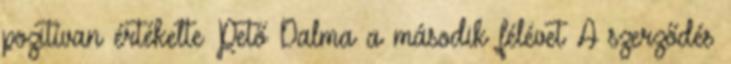
pozitívan értékelte Pető Dalma a második félévet A szerződés